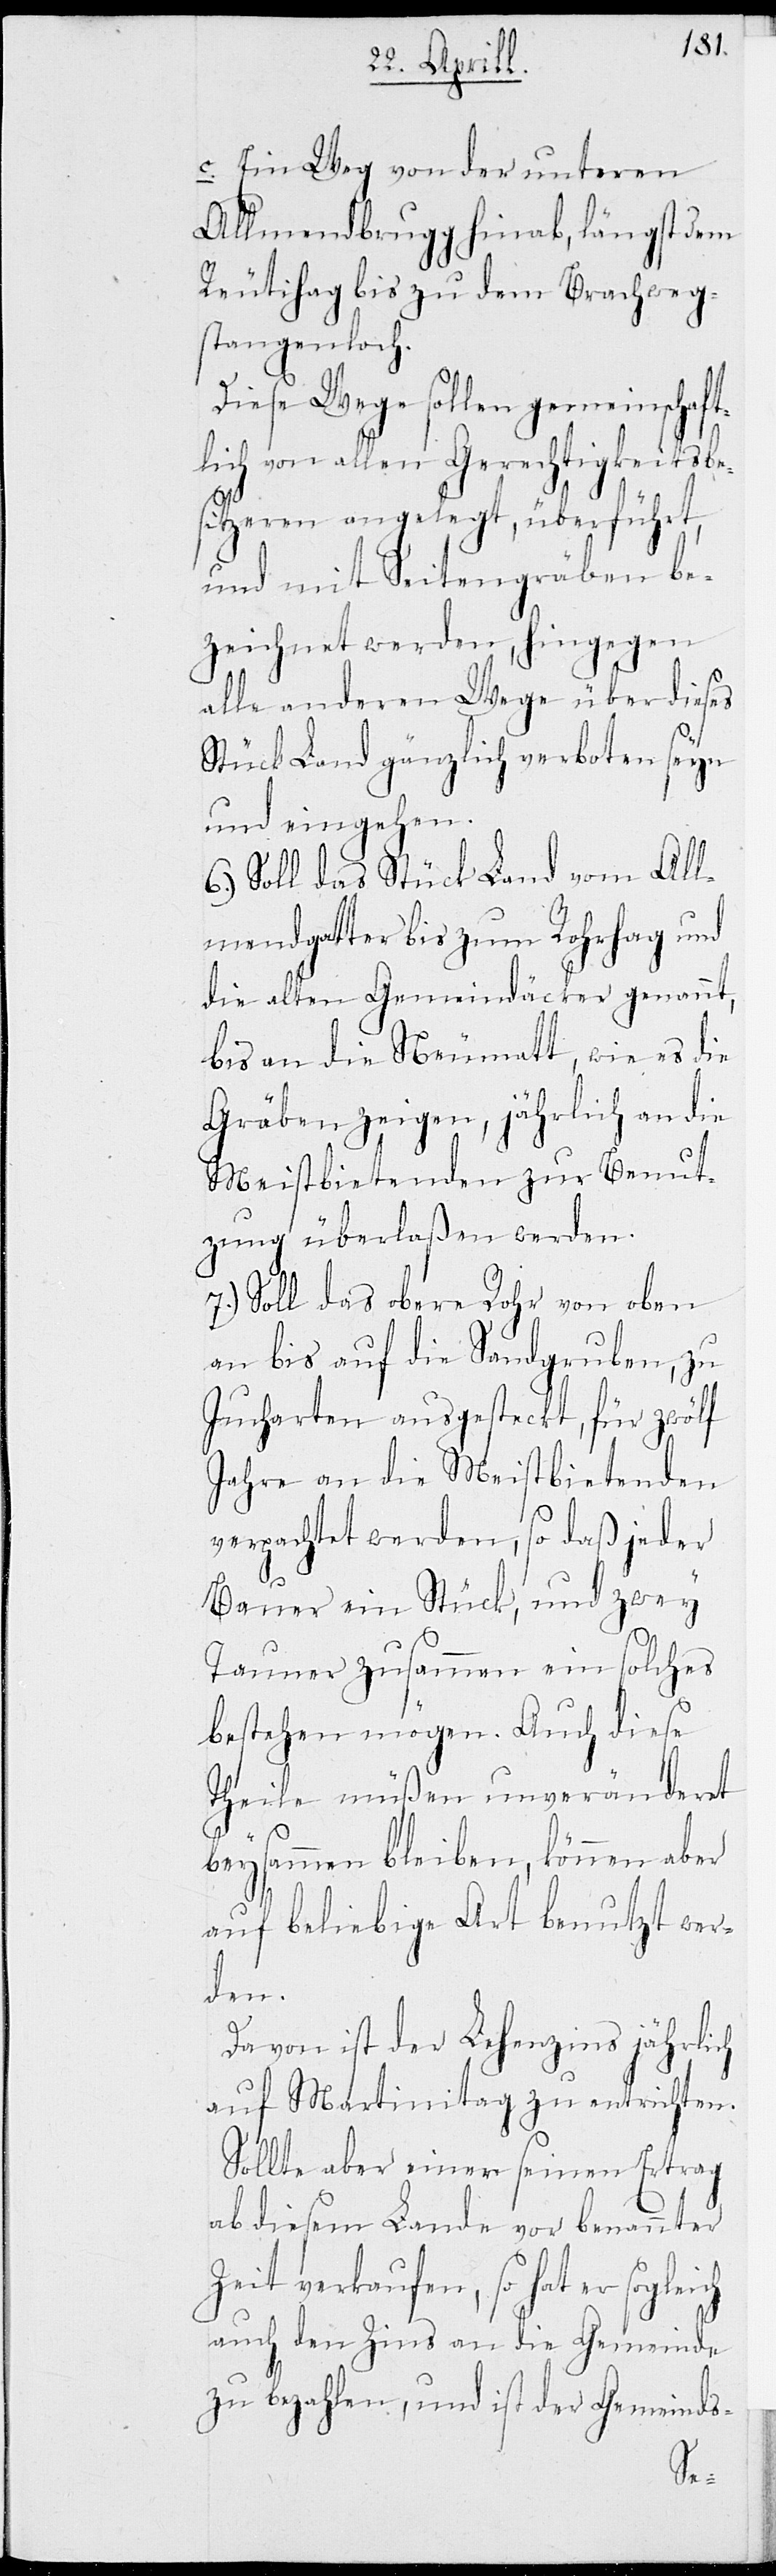
c. Ein Weg von der unteren
Allmendbrugg hinab, längst dem
Reutihag bis zu dem Brachweg¬
stangenloch.
Diese Wege sollen gemeinschaft¬
lich von allen Gerechtigkeitsbe¬
sitzeren angelegt, überführt,
und mit Seitengräben be¬
zeichnet werden, hingegen
alle anderen Wege über dieses
Stück Land gänzlich verboten seyn
und eingehen.
6.) Soll das Stück Land vom All¬
mendgatter bis zum Rohrhag und
die alten Gemeindäcker genannt,
bis an die Neumatt, wie es die
Gräben zeigen, jährlich an die
Meistbietenden zu Benut¬
zung überlaßen werden.
7.) Soll das obere Rohr von oben
an bis auf die Sandgruben, zu
Jucharten ausgesteckt, für zwölf
Jahre an die Meistbietenden
verpachtet werden, so daß jeder
Bauer ein Stück, und zwey
Tauner zusammen ein solches
bestehen mögen. Auch diese
Theile müßen unveränderet
beysammen bleiben, können aber
auf beliebige Art benutzt wer¬
den.
Davon ist der Lehenzins jährlich
auf Martinitag zu entrichten.
Sollte aber einer seinen Ertrag
ab diesem Lande vor benannter
Zeit verkaufen, so hat er
auch den Zins an die Gemeinde
zu bezahlen, und ist der Gemeinds-